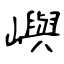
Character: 嶼